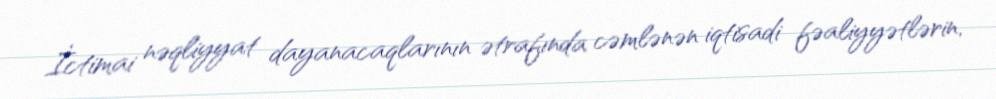
İctimai nəqliyyat dayanacaqlarının ətrafında cəmlənən iqtisadi fəaliyyətlərin,